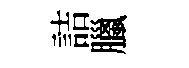
詰臘